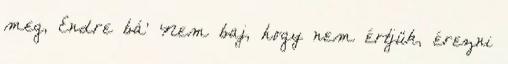
meg, Endre bá' Nem baj, hogy nem értjük, érezni